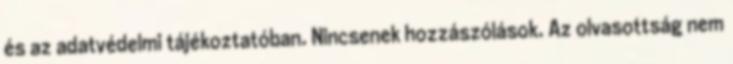
és az adatvédelmi tájékoztatóban. Nincsenek hozzászólások. Az olvasottság nem